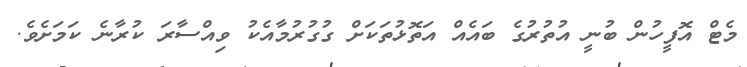
މެޓް އޮފީހުން ބުނީ އުތުރުގެ ބައެއް އަތޮޅުތަކަށް ގުގުރުމާއެކު ވިއްސާރަ ކުރާނެ ކަމަށެވެ.